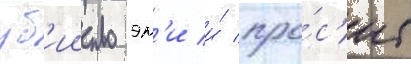
уб'ииство эм'и и́ про́с'ит